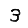
Digit: 3